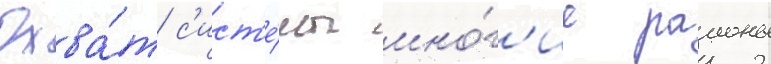
Охва́т с'ист'е́мы мно́г'ие раионы